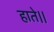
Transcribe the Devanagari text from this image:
हाते।।